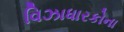
વિઝાધારકોના